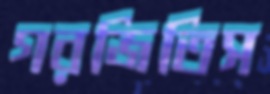
গরজিতিস